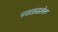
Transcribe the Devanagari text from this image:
चवताळलेला